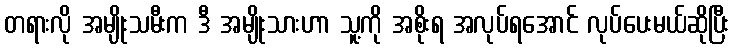
တရားလို အမျိုးသမီးက ဒီ အမျိုးသားဟာ သူ့ကို အစိုးရ အလုပ်ရအောင် လုပ်ပေးမယ်ဆိုပြီး